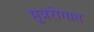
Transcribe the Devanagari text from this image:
मूत्ररोगात